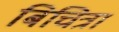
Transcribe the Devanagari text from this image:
बिचित्रा